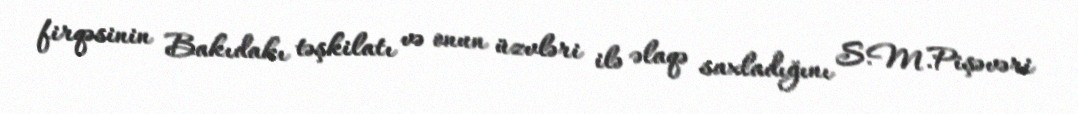
firqəsinin Bakıdakı təşkilatı və onun üzvləri ilə əlaqə saxladığını S.M.Pişəvəri